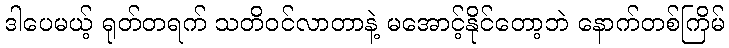
ဒါပေမယ့် ရုတ်တရက် သတိဝင်လာတာနဲ့ မအောင့်နိုင်တော့ဘဲ နောက်တစ်ကြိမ်